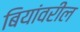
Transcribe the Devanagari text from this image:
बियांवरील